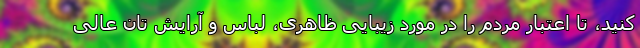
کنید، تا اعتبار مردم را در مورد زیبایی ظاهری، لباس و آرایش تان عالی